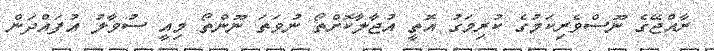
ރާއްޖޭގެ ނޫސްވެރިކަމުގެ ކުރިމަގު އޮތީ އުޖާލާކޮށްތޯ ނުވަތަ ނޫންތޯ މިއީ ސުވާލު އުފައްދަން